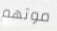
موتهم